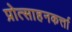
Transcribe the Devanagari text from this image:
प्रोत्साहनकर्त्ता